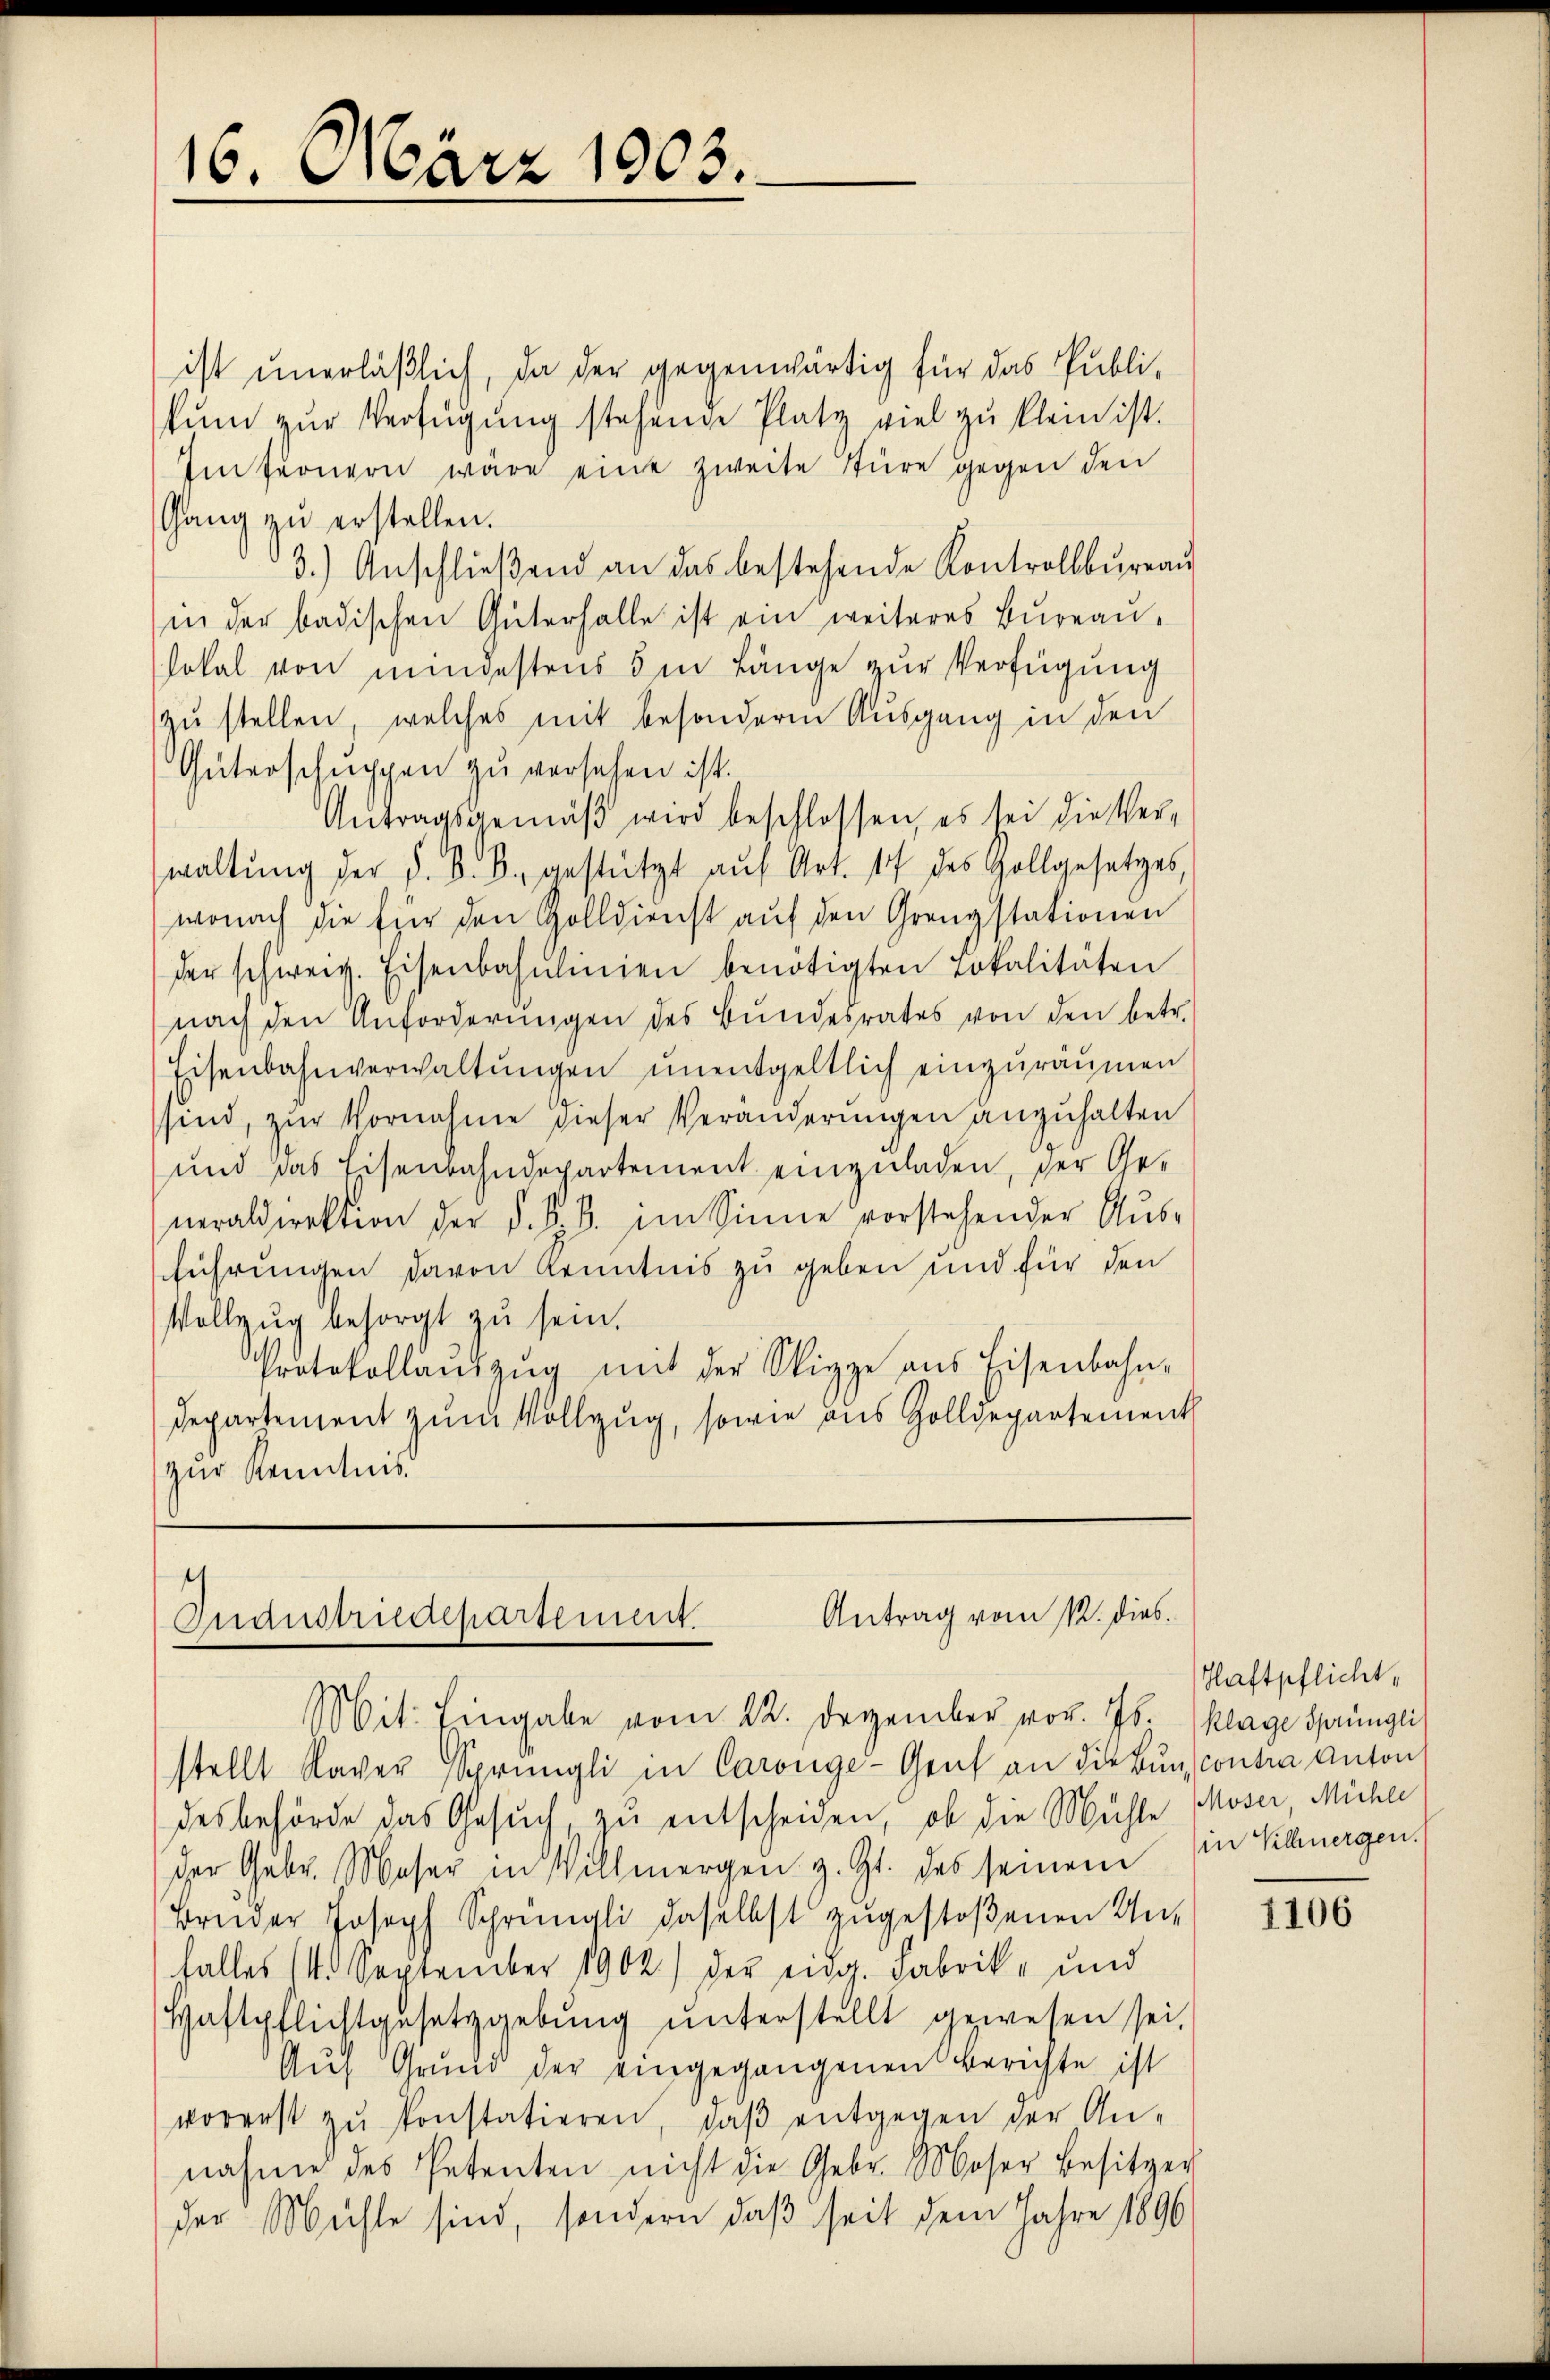
16. März 1903.

ist unerläßlich, da der gegenwärtig für das Publi-
kum zur Verfügung stehende Platz viel zu klein ist.
Imfernern wäre eine zweite Stüre gegen den
Gang zu erstellen.
3.) Anschließend an das bestehende Kontrollbureau
in der badischen Güterhalle ist ein weiteres Bureau-
lokal von mindestens 5 in Länge zur Verfügung
zu stellen, welches mit besondere Ausgang in den
Güterschŭppen zu versehen ist.
Antragsgemäβ wird beschlossen, es sei die Verwaltŭng der d. d. B. gestützt aŭf Art. 17 des Gollgesetzes,
wonach die für den Golldienst auf den Grenzstationen
der schweiz. Eisenbahnlinien benötigten Lokalitäten
nach den Anforderŭngen des Bŭndesrates von den betr.
Eisenbahnverwaltŭngen unentgeltlich einzuräumen
ssind, zur Vornahme dieser Veränderungen anzuhalten
und das Eisenbahndepartement einzuladen, der Generaldirektion der §. §. 3. im Sinne vorstehender Aus-
führungen davon Kenntnis zu geben und für den
Vollzug besorgt zu sein.
Protokollauszug mit der Sippe aus Eisenbahn-
Departement zum Vollzug, sowie aus Zolldepartement
zur Kenntnis.

.
Antrag vom 12. dies
Mauernachartement

Haftpflicht,

Mit: Eingabe vom 22. Dezember vor. Js. Klage Sprüngli
stellt Naver Sprüngli in Caronge-Genf an die Bun contra Anton
desbehörde das Gesuch, zu entscheiden, ob die Mühle Moser, Mühle
der Gebr. Moser in Villmergen z. Zt. des seinem in Schmergen.
Bruder Joseph Sprüngli daselbst zugestoßenen Unfalles (1. September 1902) der eidg. Fabrik- und
Haftpflichtgesetzgebŭng ŭnterstellt gewesen sei,
Auf Grŭnd der eingegangenen Berichte ist
vorerst zŭ konstatieren, daβ entgegen der An-
nahme des Petenten nicht die Gebr. Moser Besitzer
der Mühle sind, sondern daß seit dem Jahre 1890

1106